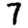
Digit: 7